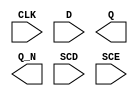
module sky130_fd_sc_hs__sdfxbp (
    CLK,
    D  ,
    Q  ,
    Q_N,
    SCD,
    SCE
);

    input  CLK;
    input  D  ;
    output Q  ;
    output Q_N;
    input  SCD;
    input  SCE;

    // Voltage supply signals
    supply1 VPWR;
    supply0 VGND;

endmodule